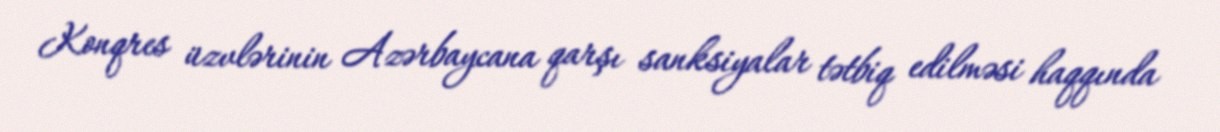
Konqres üzvlərinin Azərbaycana qarşı sanksiyalar tətbiq edilməsi haqqında